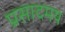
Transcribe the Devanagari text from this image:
प्रसादमय